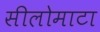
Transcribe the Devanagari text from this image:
सीलोमाटा